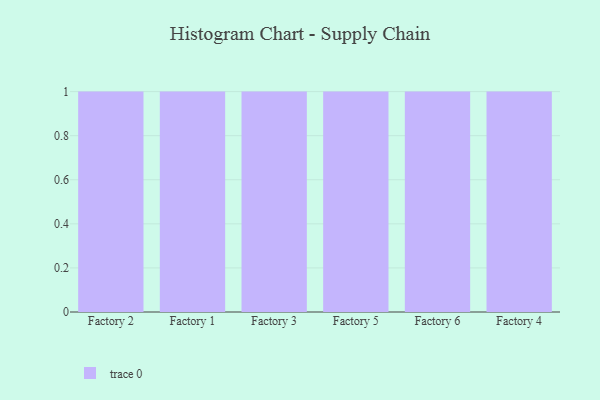
{"axis": {"x": "Factory", "y": "Latency (ms)"}, "legend": [""], "data": [{"x": "Factory 2", "y": 2, "type": ""}, {"x": "Factory 1", "y": 23, "type": ""}, {"x": "Factory 3", "y": 37, "type": ""}, {"x": "Factory 5", "y": 62, "type": ""}, {"x": "Factory 6", "y": 19, "type": ""}, {"x": "Factory 4", "y": 35, "type": ""}]}